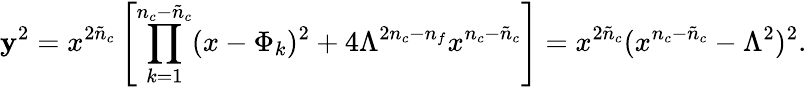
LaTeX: \mathbf{y}^{2}=x^{2\tilde{{n}}_{c}}\left[\prod_{k=1}^{n_{c}-\tilde{{n}}_{c}}(x-\Phi_{k})^{2}+4\Lambda^{2n_{c}-n_{f}}x^{n_{c}-\tilde{{n}}_{c}}\right]=x^{2{\tilde{{n}}}_{c}}(x^{n_{c}-{\tilde{{n}}}_{c}}-\Lambda^{2})^{2}.